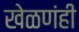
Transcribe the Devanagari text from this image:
खेळणंही